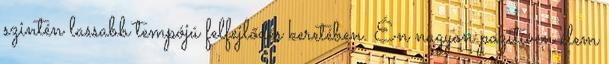
szintén lassabb tempójú felfejlődés keretében. Én nagyon pozitíven élem